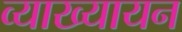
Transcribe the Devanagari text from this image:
व्याख्यायन